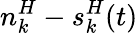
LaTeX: n_{k}^{H}-s_{k}^{H}(t)